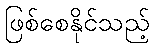
ဖြစ်စေနိုင်သည့်